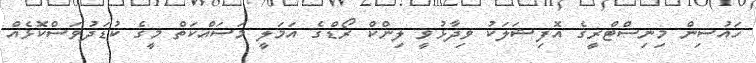
ހައުސިން މިނިސްޓްރީގެ އޮފިޝަލަކު ވިދާޅުވީ ލިންކް ރޯޑްގެ އަމަލީ މަސައްކަތް މީގެ ކުޑަދުވަސްކޮޅެއް